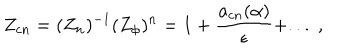
Z _ { c n } = ( { Z } _ { n } ) ^ { - 1 } ( Z _ { \phi } ) ^ { n } = 1 + \frac { a _ { c n } ( \alpha ) } { \epsilon } + . . . \; ,